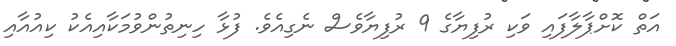
އަތް ކޮށްޕާލާފައި ވަކި ރުފިޔާގެ 9 ރުފިޔާވެސް ނެގިއެވެ. ފުޅާ ހިނިތުންވުމަކާއިއެކު ކިއުއާއި